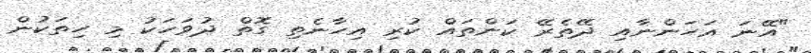
"އޭނަ އަހަންނާއި ދޭތެރޭ ކަންތައް ކުރި އިހާނެތި ގޮތް ދުވަހަކު މި ހިތަކުން